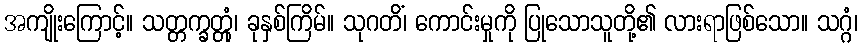
အကျိုးကြောင့်။ သတ္တက္ခတ္တုံ၊ ခုနှစ်ကြိမ်။ သုဂတိံ၊ ကောင်းမှုကို ပြုသောသူတို့၏ လားရာဖြစ်သော။ သဂ္ဂံ၊